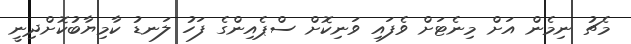
މެޗު ނިމެން އަށް މިނެޓަށް ވެފައި ވަނިކޮށް ސްޕެއިންގެ ފަހު ލަނޑު ކާމިޔާބުކޮށްދިނީ